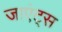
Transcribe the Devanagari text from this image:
जाएंट्स